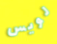
لويس